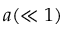
a ( \ll 1 )